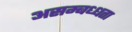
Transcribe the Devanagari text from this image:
असम्बध्धता